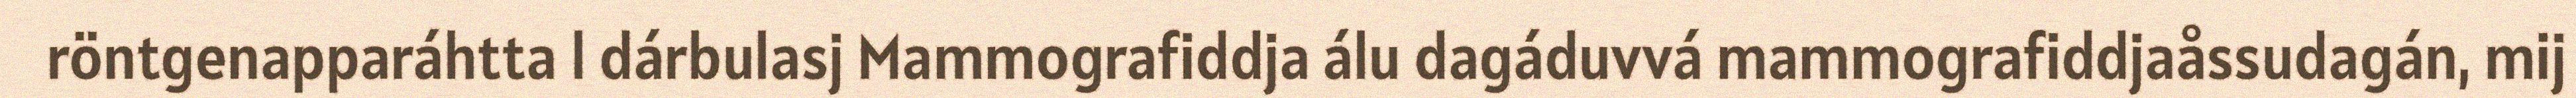
röntgenapparáhtta l dárbulasj Mammografiddja álu dagáduvvá mammografiddjaåssudagán, mij